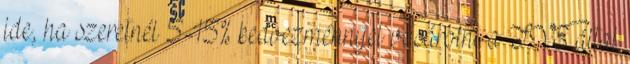
ide, ha szeretnél 5-15% kedvezménnyel vásárolni a TVE által